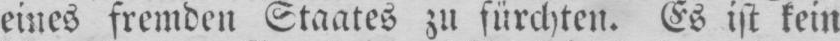
eines fremden Staates zu fürchten. Es ist kein